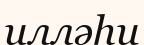
илләһи